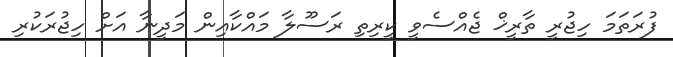
ފުރަތަމަ ހިޖުރީ ތާރީޚް ޖެއްސެވީ ކީރިތި ރަސޫލާ މައްކާއިން މަދީނާ އަށް ހިޖުރަކުރި